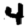
Digit: 4